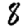
Digit: 8